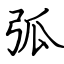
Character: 弧